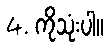
4. ကိုသုံးပါ။